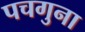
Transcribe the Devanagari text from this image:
पचगुना